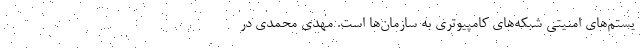
یستم‌های امنیتی شبکه‌های کامپیوتری به سازمان‌ها است. مهدی محمدی در